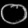
Digit: ၀